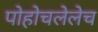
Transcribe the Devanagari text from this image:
पोहोचलेलेच